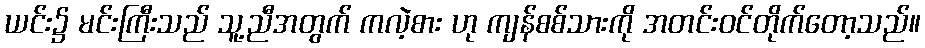
ယင်း၌ မင်းကြီးသည် သူ့ညီအတွက် ကလဲ့စား ဟု ကျန်စစ်သားကို အတင်းဝင်တိုက်တော့သည်။